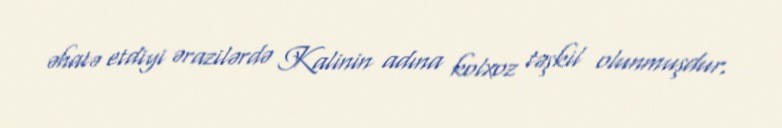
əhatə etdiyi ərazilərdə Kalinin adına kolxoz təşkil olunmuşdur.